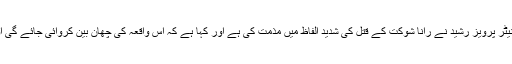
مسلم لیگ نون کے رہنماء اور پنجاب حکومت کے ترجمان سینیٹر پرویز رشید نے رانا شوکت کے قتل کی شدید الفاظ میں مذمت کی ہے اور کہا ہے کہ اس واقعہ کی چھان بین کروائی جائے گی اور تحقیقات کے نتائج سامنے آنے پر ہی کچھ کہا جا سکے گا۔